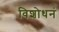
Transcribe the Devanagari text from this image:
विशोधनं